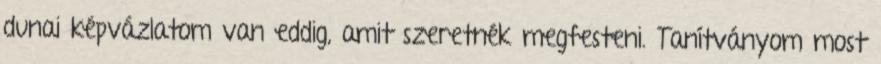
dunai képvázlatom van eddig, amit szeretnék megfesteni. Tanítványom most